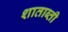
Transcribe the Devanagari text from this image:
शाताब्ती